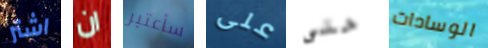
اشتر ان سأعتبر على حتى الوسادات